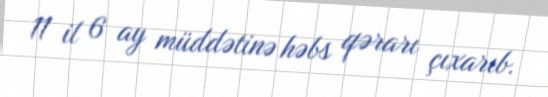
11 il 6 ay müddətinə həbs qərarı çıxarıb.